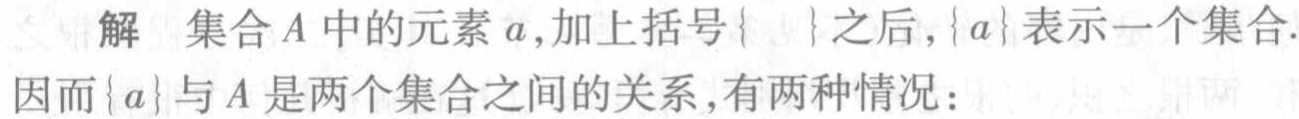
解 集合\(A\)中的元素\(a\)，加上括号\(\{\ \ \}\)之后，\(\{a\}\)表示一个集合.因而\(\{a\}\)与\(A\)是两个集合之间的关系，有两种情况：